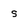
Character: s